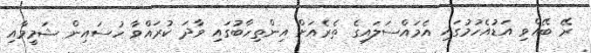
ރޭ ބޭއްވި އަޑުއެހުމުގައި އެމައްސަލައިގެ ތެރެއަށް އިންތިހާބުގައި ވާދަ ކުރައްވާ ހުސައިން ޝަމީމާއި